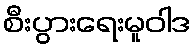
စီးပွားရေးမူဝါဒ